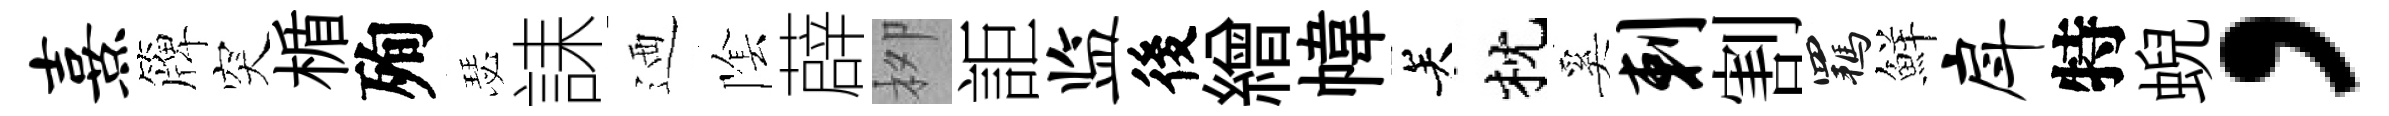
熹簰突楯殉瑟誄迺隂薜栁詎监後繒幃关枕奚剌割羈鮮戽特蜺，